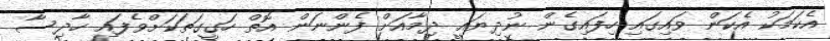
އެކަމަކު އެކަން ވައިގައި ހިފައިގެން ނުދިޔައީ ދިމާއަށް ފެންނަން އޮތް ހަގީގަތަކަށްވެފައި ހާދިސާ